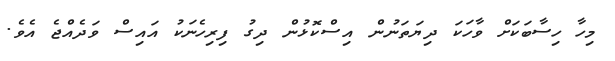
މިހާ ހިސާބަކަށް ވާހަކަ ދިޔަތަނުން އިސްކޮޅުން ދިގު ފިރިހެނަކު އައިސް ވަދެއްޖެ އެވެ.